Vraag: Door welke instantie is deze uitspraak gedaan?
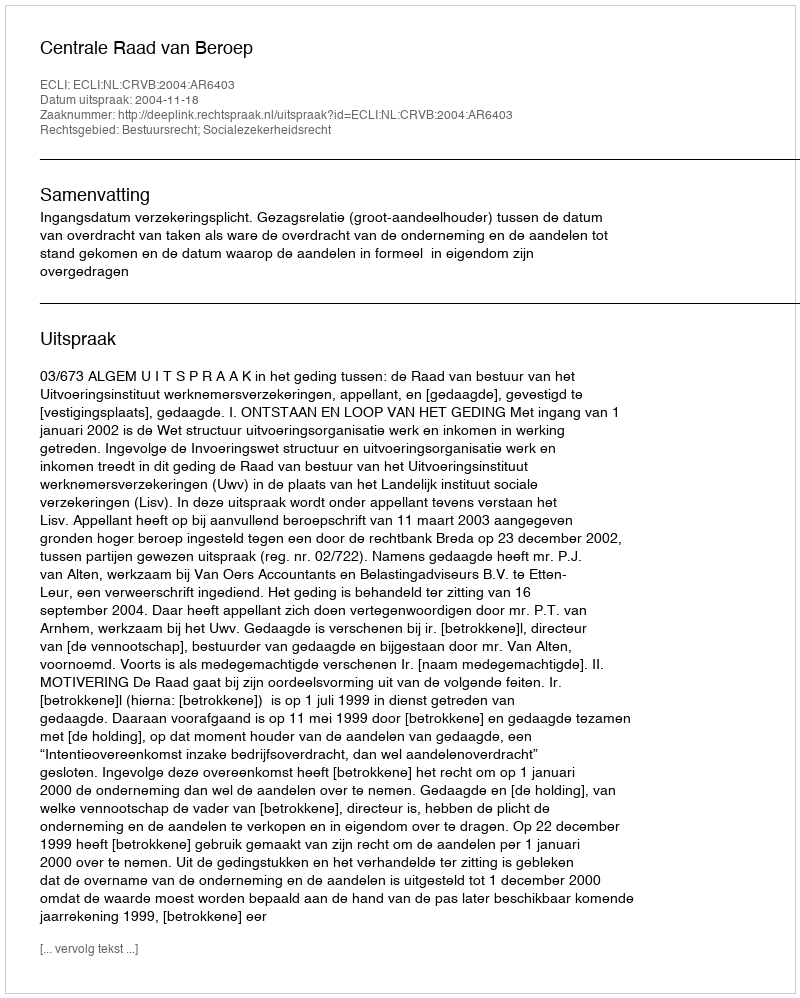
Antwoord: Centrale Raad van Beroep